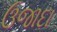
ઉજાદા